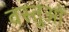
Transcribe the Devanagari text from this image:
वस्तुओें